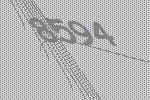
8594